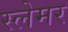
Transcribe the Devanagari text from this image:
स्लेमर